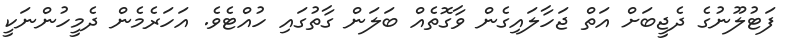
ފަޓުލޫނުގެ ދެޖީބަށް އަތް ޖަހާލައިގެން ވާގޮތެއް ބަލަން ގާތުގައި ހުއްޓެވެ. އަހަރެމެން ދެމީހުންނަކީ